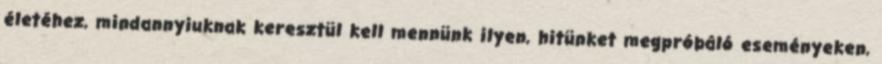
életéhez, mindannyiuknak keresztül kell mennünk ilyen, hitünket megpróbáló eseményeken,